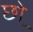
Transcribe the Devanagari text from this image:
छो़